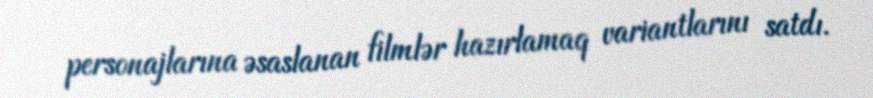
personajlarına əsaslanan filmlər hazırlamaq variantlarını satdı.